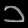
Digit: ၁